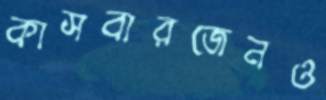
কাসবারজেনও